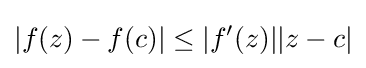
|f(z)-f(c)|\leq |f'(z)||z-c|